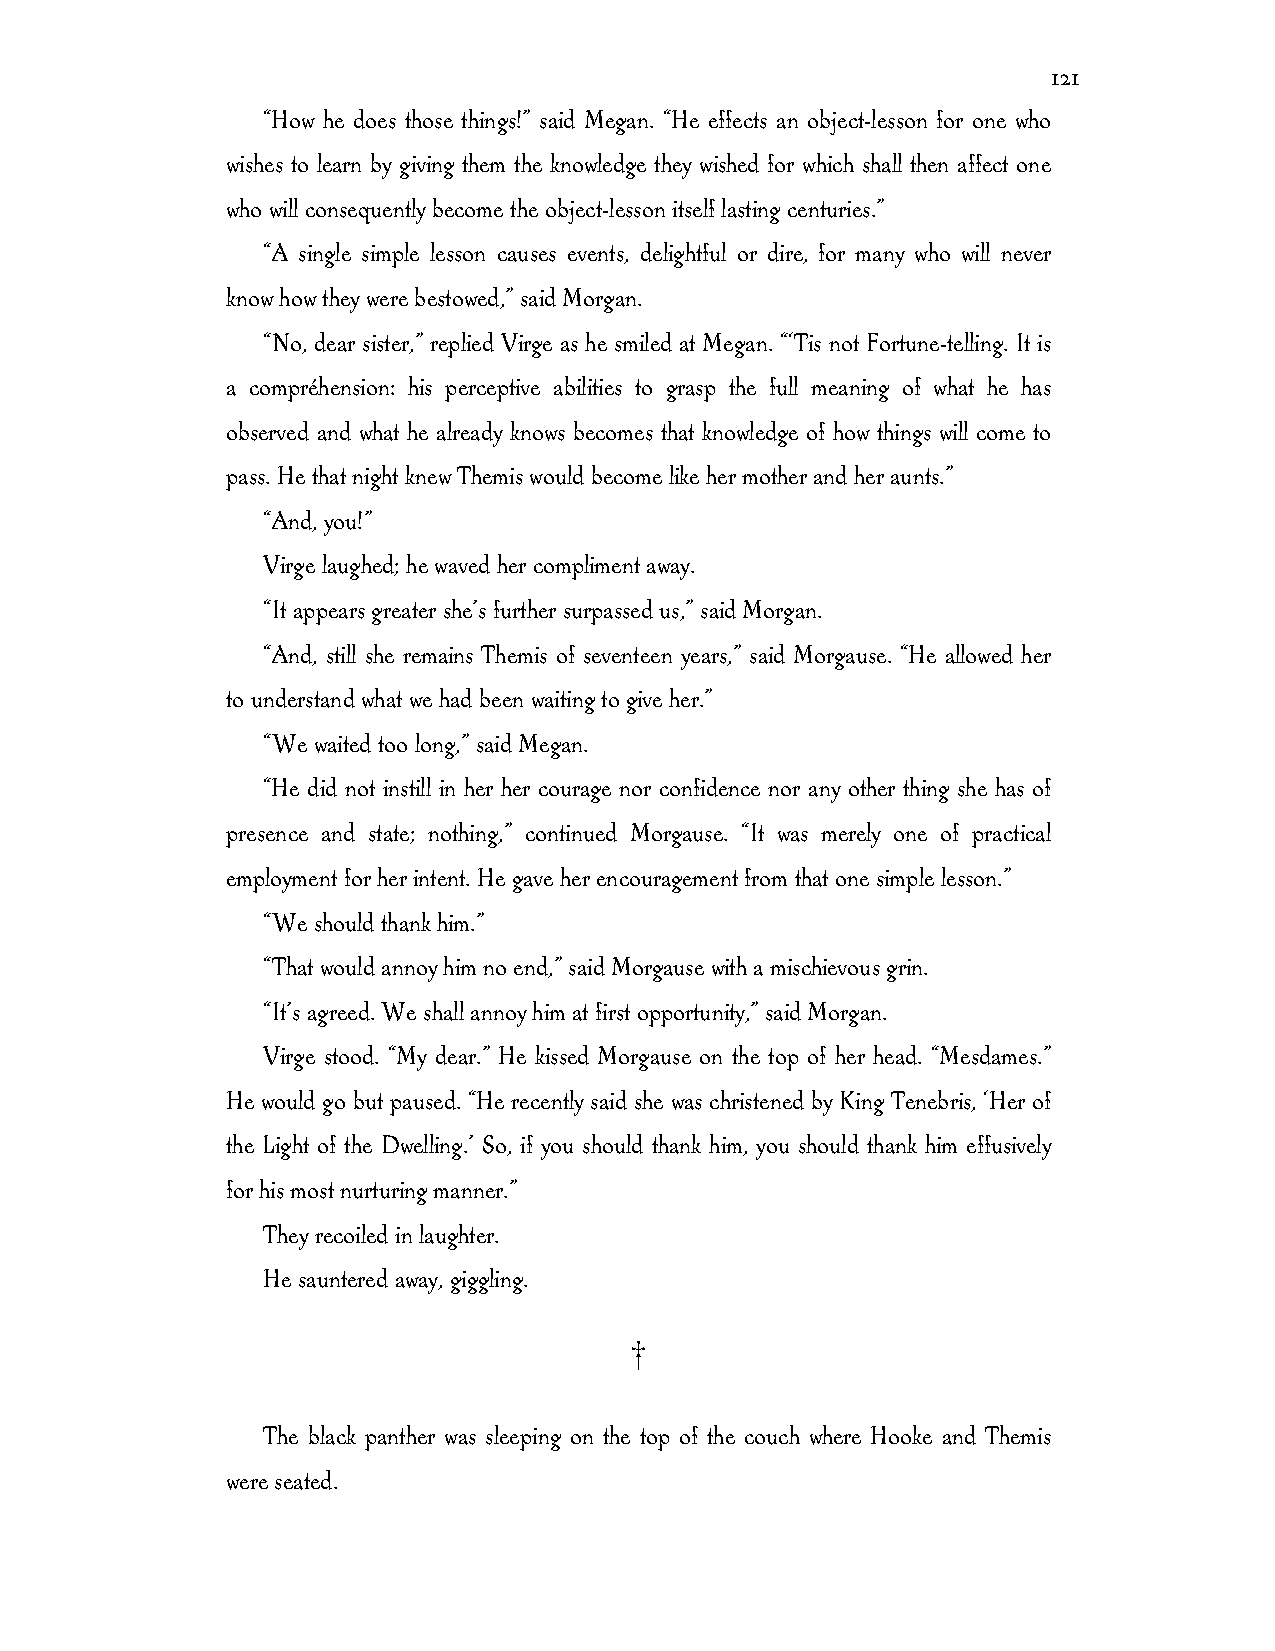
121
 “How he does those things!” said Megan. “He effects an object-lesson for one who
 wishes to learn by giving them the knowledge they wished for which shall then affect one
 who will consequently become the object-lesson itself lasting centuries.”
 “A single simple lesson causes events, delightful or dire, for many who will never
 know how they were bestowed,” said Morgan.
 “No, dear sister,” replied Virge as he smiled at Megan. “‘Tis not Fortune-telling. It is
 a compréhension: his perceptive abilities to grasp the full meaning of what he has
 observed and what he already knows becomes that knowledge of how things will come to
 pass. He that night knew Themis would become like her mother and her aunts.”
 “And, you!”
 Virge laughed; he waved her compliment away.
 “It appears greater she’s further surpassed us,” said Morgan.
 “And, still she remains Themis of seventeen years,” said Morgause. “He allowed her
 to understand what we had been waiting to give her.”
 “We waited too long,” said Megan.
 “He did not instill in her her courage nor confidence nor any other thing she has of
 presence and state; nothing,” continued Morgause. “It was merely one of practical
 employment for her intent. He gave her encouragement from that one simple lesson.”
 “We should thank him.”
 “That would annoy him no end,” said Morgause with a mischievous grin.
 “It’s agreed. We shall annoy him at first opportunity,” said Morgan.
 Virge stood. “My dear.” He kissed Morgause on the top of her head. “Mesdames.”
 He would go but paused. “He recently said she was christened by King Tenebris, ‘Her of
 the Light of the Dwelling.’ So, if you should thank him, you should thank him effusively
 for his most nurturing manner.”
 They recoiled in laughter.
 He sauntered away, giggling.
 †
 The black panther was sleeping on the top of the couch where Hooke and Themis
 were seated.